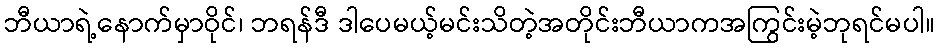
ဘီယာရဲ့နောက်မှာဝိုင်၊ ဘရန်ဒီ ဒါပေမယ့်မင်းသိတဲ့အတိုင်းဘီယာကအကြွင်းမဲ့ဘုရင်မပါ။